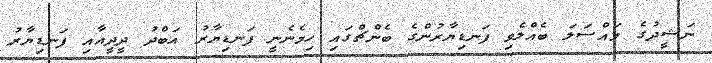
ނަޝީދުގެ މައްސަލަ ބެއްލެވި ފަނޑިޔާރުންގެ ބެންޗްގައި ހިމެނެނީ ފަނޑިޔާރު އަބްދު ދީދީއާއި ފަނޑިޔާރު